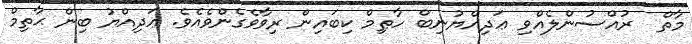
މާތް  ރުއްސުންލެއްވި ޢަދިއްޔުނިބް ހާޠިމް ކިބައިން ރިވާވެގެންވެއެވެ. ޢަދިއްޔު ބިން ޙާތިމް